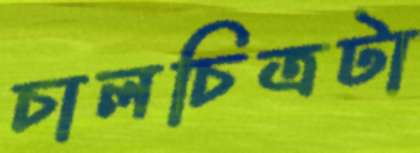
চালচিত্রটা